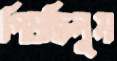
পিষছিলুম